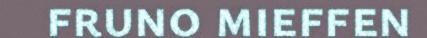
fruno mieffen